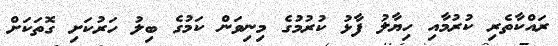
ރައްކާތެރި ކުރުމާއި ހިޔާލު ފާޅު ކުރުމުގެ މިނިވަން ކަމުގެ ބިލު ހަރުކަށި ގޮތަކަށް